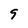
Character: 9